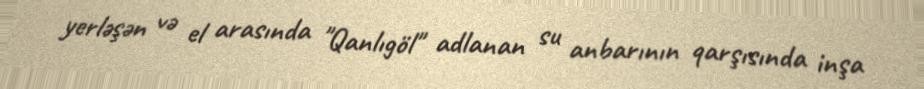
yerləşən və el arasında "Qanlıgöl" adlanan su anbarının qarşısında inşa